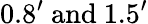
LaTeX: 0.8^{\prime}~\mathrm{{and}~1.5^{\prime}}